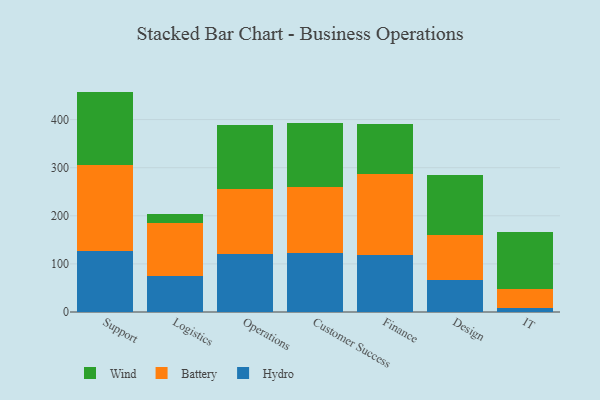
{"axis": {"x": "Department", "y": "Tickets Resolved"}, "legend": ["Battery", "Hydro", "Wind"], "data": [{"x": "Support", "y": 126.4, "type": "Hydro"}, {"x": "Support", "y": 178.2, "type": "Battery"}, {"x": "Support", "y": 153.6, "type": "Wind"}, {"x": "Logistics", "y": 75.5, "type": "Hydro"}, {"x": "Logistics", "y": 108.5, "type": "Battery"}, {"x": "Logistics", "y": 19.7, "type": "Wind"}, {"x": "Operations", "y": 121.2, "type": "Hydro"}, {"x": "Operations", "y": 133.8, "type": "Battery"}, {"x": "Operations", "y": 133.3, "type": "Wind"}, {"x": "Customer Success", "y": 122.6, "type": "Hydro"}, {"x": "Customer Success", "y": 137.3, "type": "Battery"}, {"x": "Customer Success", "y": 134.0, "type": "Wind"}, {"x": "Finance", "y": 118.8, "type": "Hydro"}, {"x": "Finance", "y": 168.9, "type": "Battery"}, {"x": "Finance", "y": 102.3, "type": "Wind"}, {"x": "Design", "y": 66.4, "type": "Hydro"}, {"x": "Design", "y": 93.6, "type": "Battery"}, {"x": "Design", "y": 125.6, "type": "Wind"}, {"x": "IT", "y": 7.8, "type": "Hydro"}, {"x": "IT", "y": 39.9, "type": "Battery"}, {"x": "IT", "y": 118.8, "type": "Wind"}]}